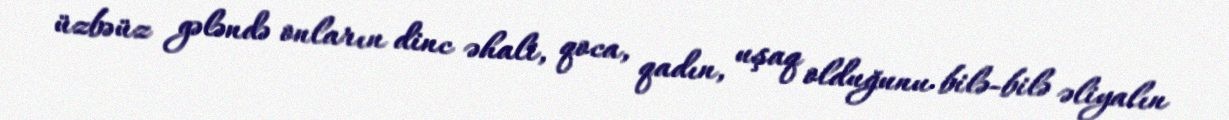
üzbəüz gələndə onların dinc əhali, qoca, qadın, uşaq olduğunu bilə-bilə əliyalın